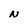
Character: N